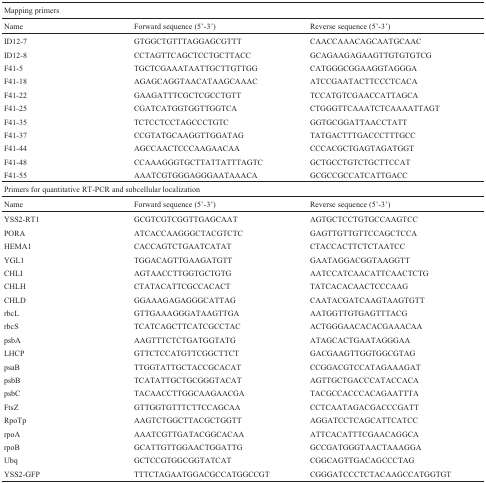
<table><thead><tr><td><b>Mapping primers</b></td><td></td><td></td></tr><tr><td><b>Name</b></td><td><b>Forward sequence (5′-3′)</b></td><td><b>Reverse sequence (5′-3′)</b></td></tr></thead><tbody><tr><td>ID12-7</td><td>GTGGCTGTTTAGGAGCGTTT</td><td>CAACCAAACAGCAATGCAAC</td></tr><tr><td>ID12-8</td><td>CCTAGTTCAGCTCCTGCTTACC</td><td>GCAGAAGAGAAGTTGTGTGTCG</td></tr><tr><td>F41-5</td><td>TGCTCGAAATAATTGCTTGTTGG</td><td>CATGGGCGGAAGGTAGGGA</td></tr><tr><td>F41-18</td><td>AGAGCAGGTAACATAAGCAAAC</td><td>ATCCGAATACTTCCCTCACA</td></tr><tr><td>F41-22</td><td>GAAGATTTCGCTCGCCTGTT</td><td>TCCATGTCGAACCATTAGCA</td></tr><tr><td>F41-25</td><td>CGATCATGGTGGTTGGTCA</td><td>CTGGGTTCAAATCTCAAAATTAGT</td></tr><tr><td>F41-35</td><td>TCTCCTCCTAGCCCTGTC</td><td>GGTGCGGATTAACCTATT</td></tr><tr><td>F41-37</td><td>CCGTATGCAAGGTTGGATAG</td><td>TATGACTTTGACCCTTTGCC</td></tr><tr><td>F41-44</td><td>AGCCAACTCCCAAGAACAA</td><td>CCCACGCTGAGTAGATGGT</td></tr><tr><td>F41-48</td><td>CCAAAGGGTGCTTATTATTTAGTC</td><td>GCTGCCTGTCTGCTTCCAT</td></tr><tr><td>F41-55</td><td>AAATCGTGGGAGGGAATAAACA</td><td>GCGCCGCCATCATTGACC</td></tr><tr><td colspan="3">Primers for quantitative RT-PCR and subcellular localization</td></tr><tr><td>Name</td><td>Forward sequence (5′-3′)</td><td>Reverse sequence (5′-3′)</td></tr><tr><td>YSS2-RT1</td><td>GCGTCGTCGGTTGAGCAAT</td><td>AGTGCTCCTGTGCCAAGTCC</td></tr><tr><td>PORA</td><td>ATCACCAAGGGCTACGTCTC</td><td>GAGTTGTTGTTCCAGCTCCA</td></tr><tr><td>HEMA1</td><td>CACCAGTCTGAATCATAT</td><td>CTACCACTTCTCTAATCC</td></tr><tr><td>YGL1</td><td>TGGACAGTTGAAGATGTT</td><td>GAATAGGACGGTAAGGTT</td></tr><tr><td>CHLI</td><td>AGTAACCTTGGTGCTGTG</td><td>AATCCATCAACATTCAACTCTG</td></tr><tr><td>CHLH</td><td>CTATACATTCGCCACACT</td><td>TATCACACAACTCCCAAG</td></tr><tr><td>CHLD</td><td>GGAAAGAGAGGGCATTAG</td><td>CAATACGATCAAGTAAGTGTT</td></tr><tr><td>rbcL</td><td>GTTGAAAGGGATAAGTTGA</td><td>AATGGTTGTGAGTTTACG</td></tr><tr><td>rbcS</td><td>TCATCAGCTTCATCGCCTAC</td><td>ACTGGGAACACACGAAACAA</td></tr><tr><td>psbA</td><td>AAGTTTCTCTGATGGTATG</td><td>ATAGCACTGAATAGGGAA</td></tr><tr><td>LHCP</td><td>GTTCTCCATGTTCGGCTTCT</td><td>GACGAAGTTGGTGGCGTAG</td></tr><tr><td>psaB</td><td>TTGGTATTGCTACCGCACAT</td><td>CCGGACGTCCATAGAAAGAT</td></tr><tr><td>psbB</td><td>TCATATTGCTGCGGGTACAT</td><td>AGTTGCTGACCCATACCACA</td></tr><tr><td>psbC</td><td>TACAACCTTGGCAAGAACGA</td><td>TACGCCACCCACAGAATTTA</td></tr><tr><td>FtsZ</td><td>GTTGGTGTTTCTTCCAGCAA</td><td>CCTCAATAGACGACCCGATT</td></tr><tr><td>RpoTp</td><td>AAGTCTGGCTTACGCTGGTT</td><td>AGGATCCTCAGCATTCATCC</td></tr><tr><td>rpoA</td><td>AAATCGTTGATACGGCACAA</td><td>ATTCACATTTCGAACAGGCA</td></tr><tr><td>rpoB</td><td>GCATTGTTGGAACTGGATTG</td><td>GCCGATGGGTAACTAAAGGA</td></tr><tr><td>Ubq</td><td>GCTCCGTGGCGGTATCAT</td><td>CGGCAGTTGACAGCCCTAG</td></tr><tr><td>YSS2-GFP</td><td>TTTCTAGAATGGACGCCATGGCCGT</td><td>CGGGATCCCTCTACAAGCCATGGTGT</td></tr></tbody></table>